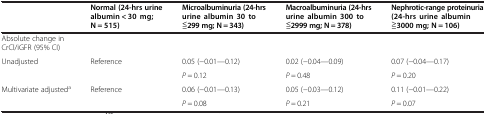
<table><thead><tr><td><b> </b></td><td><b>Normal (24-hrs urine albumin &lt; 30 mg; N = 515)</b></td><td><b>Microalbuminuria (24-hrs urine albumin 30 to ≦299 mg; N = 343)</b></td><td><b>Macroalbuminuria (24-hrs urine albumin 300 to ≦2999 mg; N = 378)</b></td><td><b>Nephrotic-range proteinuria (24-hrs urine albumin ≧3000 mg; N = 106)</b></td></tr></thead><tbody><tr><td>Absolute change in CrCl/iGFR (95% CI)</td><td> </td><td> </td><td> </td><td> </td></tr><tr><td rowspan="2">Unadjusted</td><td rowspan="2">Reference</td><td>0.05 (−0.01—0.12)</td><td>0.02 (−0.04—0.09)</td><td>0.07 (−0.04—0.17)</td></tr><tr><td><i>P</i> = 0.12</td><td><i>P</i> = 0.48</td><td><i>P</i> = 0.20</td></tr><tr><td rowspan="2">Multivariate adjusted<sup>a</sup></td><td rowspan="2">Reference</td><td>0.06 (−0.01—0.13)</td><td>0.05 (−0.03—0.12)</td><td>0.11 (−0.01—0.22)</td></tr><tr><td><i>P</i> = 0.08</td><td><i>P</i> = 0.21</td><td><i>P</i> = 0.07</td></tr></tbody></table>